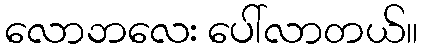
လောဘလေး ပေါ်လာတယ်။